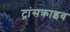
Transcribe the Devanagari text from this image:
ट्रांसक्राइव